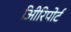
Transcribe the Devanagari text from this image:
अिीरिपोर्ट